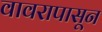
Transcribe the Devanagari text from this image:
वावरापासून